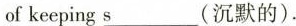
of keeping\underline{s} (沉默的).